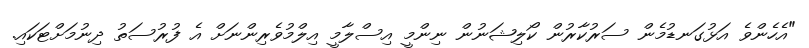
"އެހެންވެ އަޅުގަނޑުމެން ސަރުކާރުން ކޯލިޝަނުން ނިންމީ އިސްލާމީ އިލްމުވެރިންނަށް އެ ފުރުސަތު ދިނުމަށްޓަކައި.